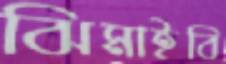
ঝিমাইবি